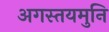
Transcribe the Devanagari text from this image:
अगस्तयमुनि